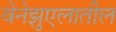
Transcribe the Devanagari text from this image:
वेनेझुएलातील